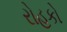
રોહકો